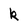
Character: k